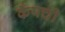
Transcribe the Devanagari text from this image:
कँपची